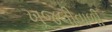
ખૂજલીવાળી